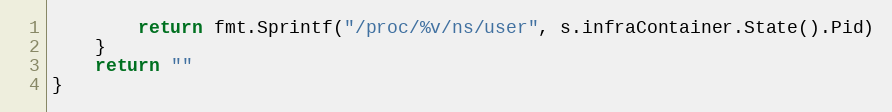
Language: Go
		return fmt.Sprintf("/proc/%v/ns/user", s.infraContainer.State().Pid)
	}
	return ""
}